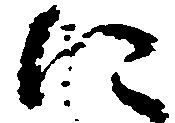
に